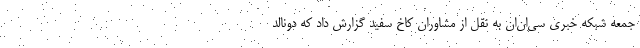
جمعه شبکه خبری سی‌ان‌ان به نقل از مشاوران کاخ سفید گزارش داد که دونالد